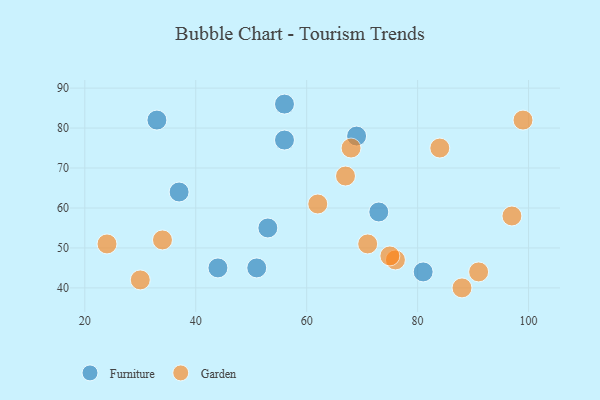
{"axis": {"x": "GDP", "y": "Life Expectancy"}, "legend": ["Furniture", "Garden"], "data": [{"x": "44", "y": 45, "type": "Furniture"}, {"x": "37", "y": 64, "type": "Furniture"}, {"x": "56", "y": 77, "type": "Furniture"}, {"x": "51", "y": 45, "type": "Furniture"}, {"x": "33", "y": 82, "type": "Furniture"}, {"x": "81", "y": 44, "type": "Furniture"}, {"x": "73", "y": 59, "type": "Furniture"}, {"x": "69", "y": 78, "type": "Furniture"}, {"x": "56", "y": 86, "type": "Furniture"}, {"x": "53", "y": 55, "type": "Furniture"}, {"x": "34", "y": 52, "type": "Garden"}, {"x": "68", "y": 75, "type": "Garden"}, {"x": "84", "y": 75, "type": "Garden"}, {"x": "88", "y": 40, "type": "Garden"}, {"x": "67", "y": 68, "type": "Garden"}, {"x": "62", "y": 61, "type": "Garden"}, {"x": "24", "y": 51, "type": "Garden"}, {"x": "97", "y": 58, "type": "Garden"}, {"x": "71", "y": 51, "type": "Garden"}, {"x": "76", "y": 47, "type": "Garden"}, {"x": "99", "y": 82, "type": "Garden"}, {"x": "91", "y": 44, "type": "Garden"}, {"x": "75", "y": 48, "type": "Garden"}, {"x": "30", "y": 42, "type": "Garden"}]}